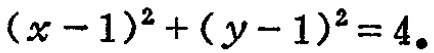
\((x - 1)^2 + (y - 1)^2 = 4\)